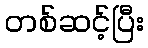
တစ်ဆင့်ပြီး